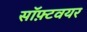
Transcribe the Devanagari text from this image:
सॉफ़्टवयर